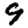
Digit: 9